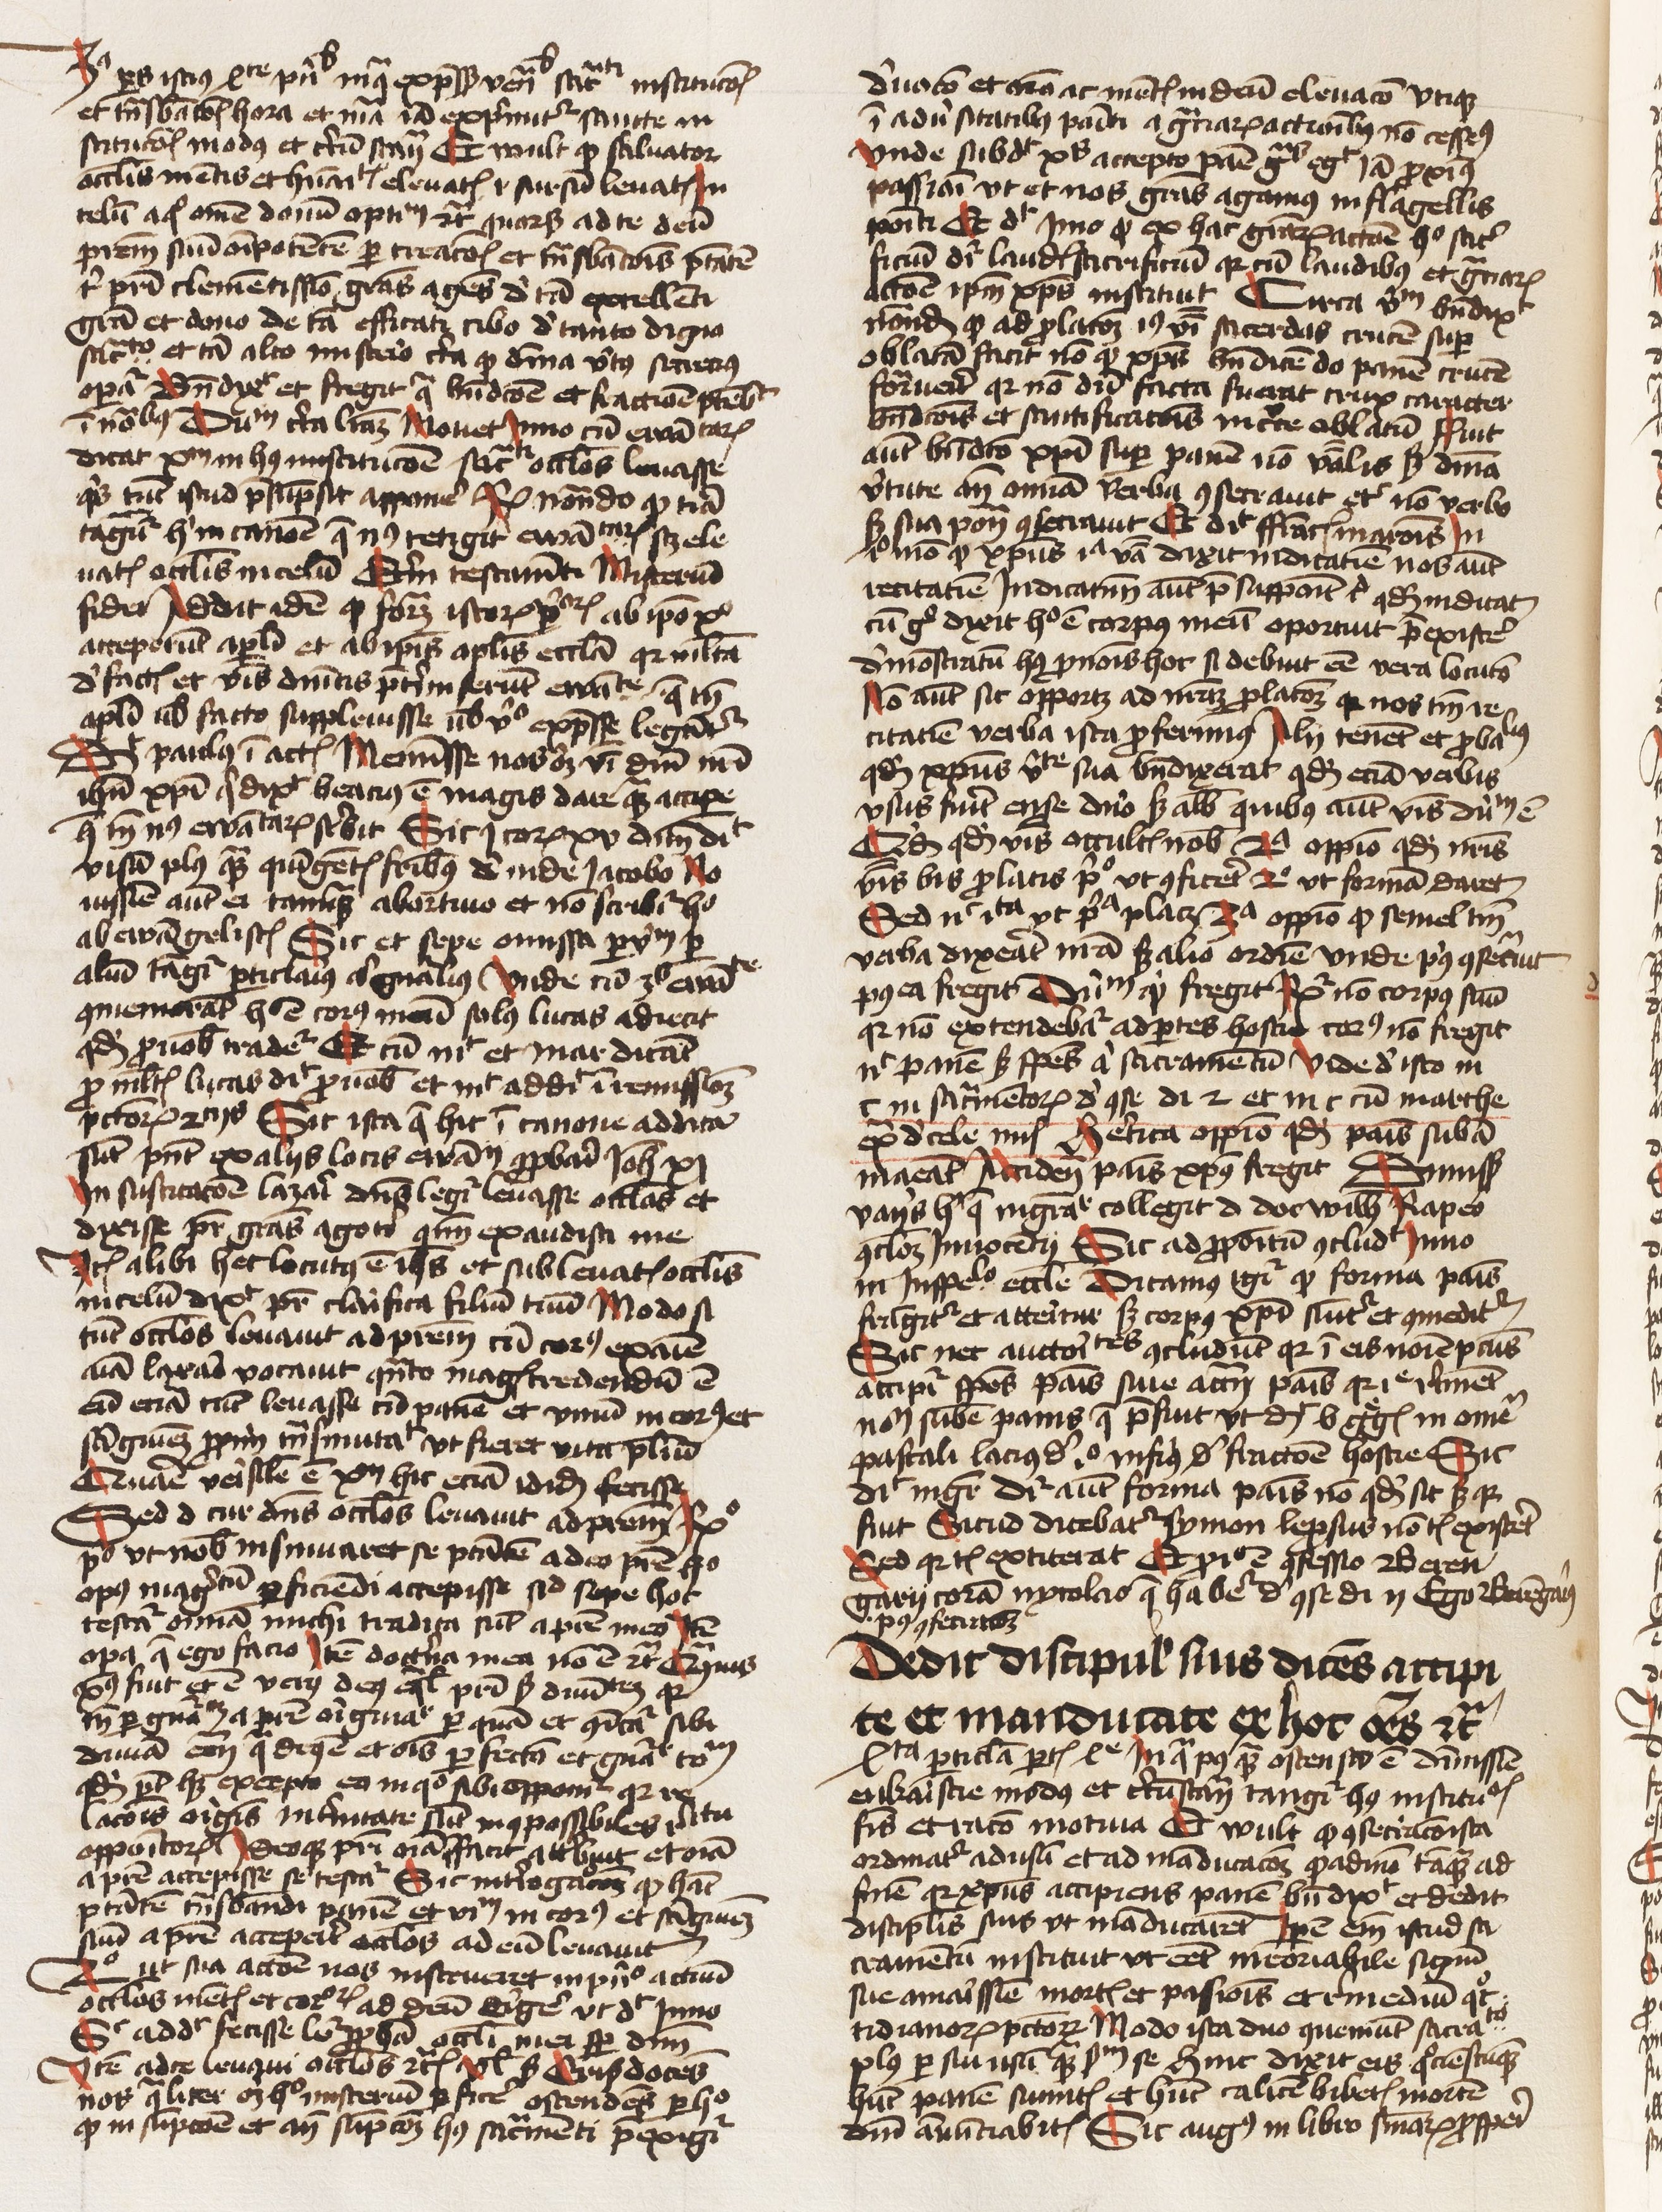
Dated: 1425–1474